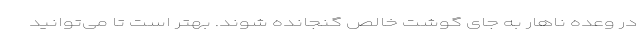
در وعده ناهار به جای گوشت خالص گنجانده شوند. بهتر است تا می‌توانید